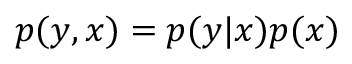
p ( y , x ) = p ( y | x ) p ( x )